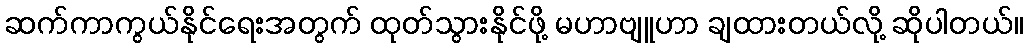
ဆက်ကာကွယ်နိုင်ရေးအတွက် ထုတ်သွားနိုင်ဖို့ မဟာဗျူဟာ ချထားတယ်လို့ ဆိုပါတယ်။